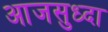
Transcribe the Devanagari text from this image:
आजसुध्दा